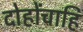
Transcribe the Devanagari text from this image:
दोहोंचाहि